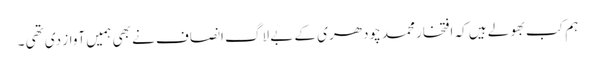
ہم کب بھولے ہیں کہ افتخار محمد چودھری کے بے لاگ انصاف نے بھی ہمیں آواز دی تھی ۔